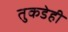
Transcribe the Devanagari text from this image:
तुकडेही